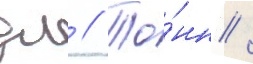
дл // То́нн /